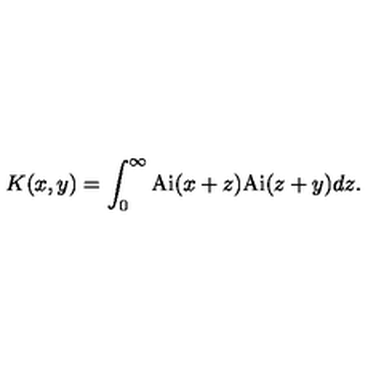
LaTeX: K ( x , y ) = \int _ { 0 } ^ { \infty } \mathrm { A i } ( x + z ) \mathrm { A i } ( z + y ) d z .